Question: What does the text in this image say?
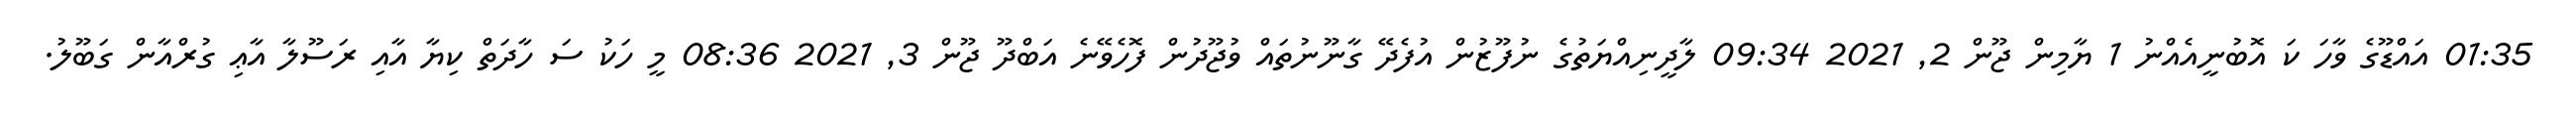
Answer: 01:35 އައްޑޫގެ ވާހަ ކަ އޮބުނީއެއްނު 1 ޔާމިން ޖޫން 2, 2021 09:34 ލާދީނިއްޔަތުގެ ނުފޫޒުން އުފެދޭ ގާނޫނުތައް ވުޖޫދުން ފޮހެވޭނެ އަބްދޫ ޖޫން 3, 2021 08:36 މީ ހަކު ސަ ހާދަތް ކިޔާ އާއި ރަސޫލާ އާޢި ގުރްއާން ގަބޫލު.